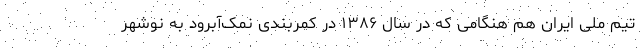
تیم ملی ایران هم هنگامی که در سال ۱۳۸۶ در کمربندی نمک‌آبرود به نوشهر